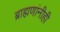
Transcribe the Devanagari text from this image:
ब्राह्मणांनीही